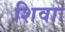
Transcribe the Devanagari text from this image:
शिवाः